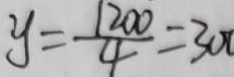
y = \frac { 1 2 0 0 } { 4 } = 3 0 0